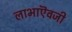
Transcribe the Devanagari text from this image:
लाभाऎवजी